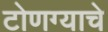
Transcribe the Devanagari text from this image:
टोणग्याचे